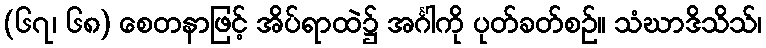
(၆၇၊ ၆၈) စေတနာဖြင့် အိပ်ရာထဲ၌ အင်္ဂါကို ပုတ်ခတ်စဉ်။ သံဃာဒိသိသ်၊